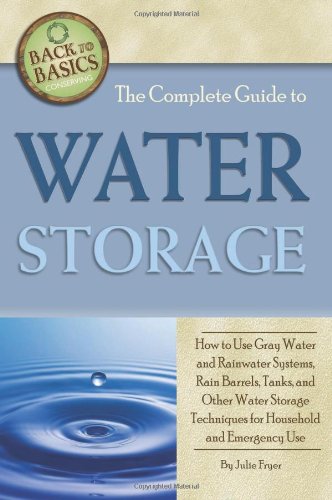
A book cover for The Complete Guide to Water Storage: How to Use Gray Water and Rainwater Systems, Rain Barrels, Tanks, and Other Water Storage Techniques for Household and Emergency Use (Back to Basics Conserving); Julie Fryer; Science & Math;